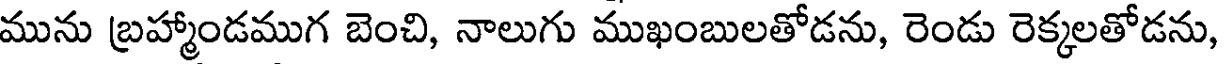
మును బ్రహ్మాండముగ బెంచి, నాలుగు ముఖంబులతోడను, రెండు రెక్కలతోడను,